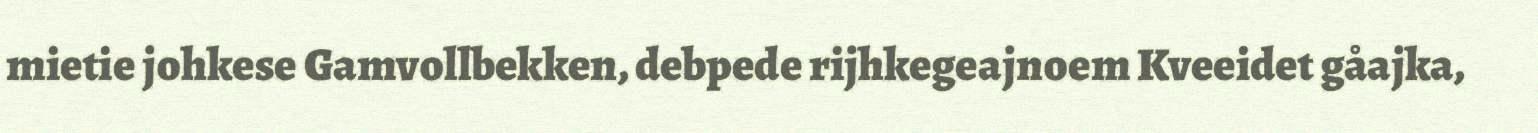
mietie johkese Gamvollbekken, debpede rijhkegeajnoem Kveeidet gåajka,